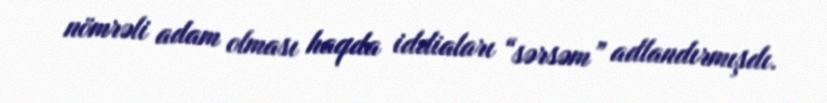
nömrəli adam olması haqda iddiaları “sərsəm” adlandırmışdı.